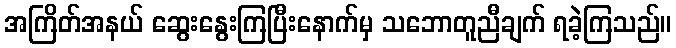
အကြိတ်အနယ် ဆွေးနွေးကြပြီးနောက်မှ သဘောတူညီချက် ရခဲ့ကြသည်။